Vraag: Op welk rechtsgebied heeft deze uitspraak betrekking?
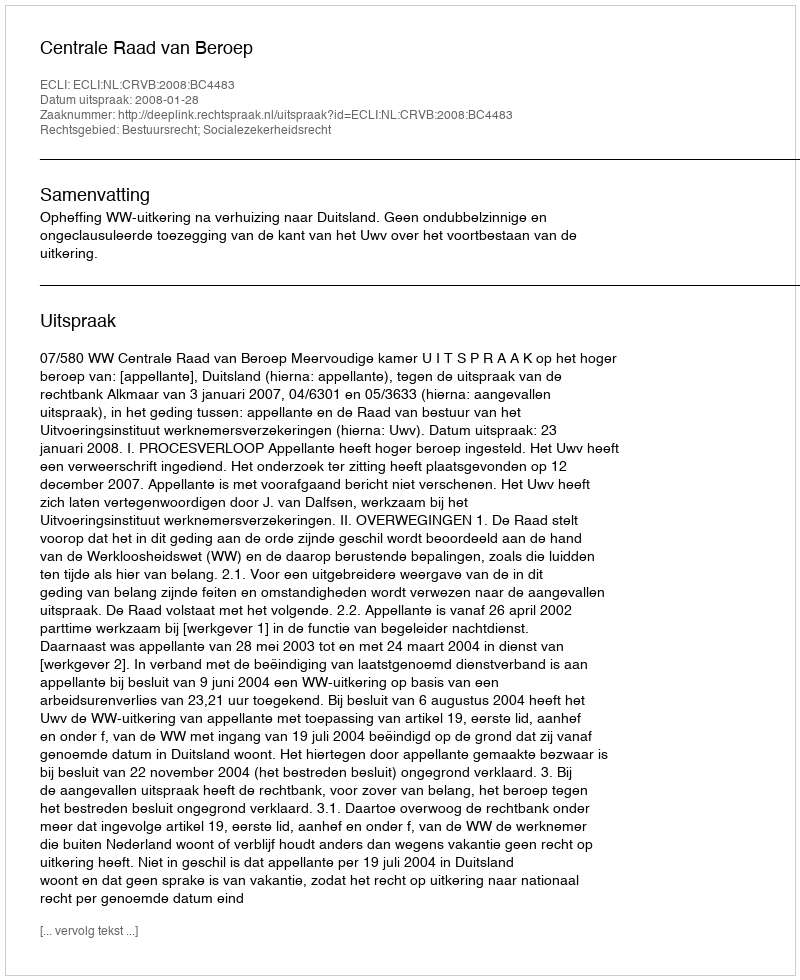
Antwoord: Bestuursrecht; Socialezekerheidsrecht